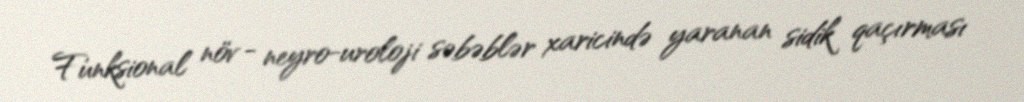
Funksional növ - neyro-uroloji səbəblər xaricində yaranan sidik qaçırması